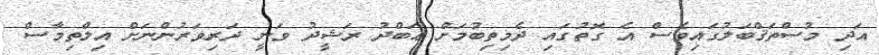
އަދި މުސްތަޤްބަލުގައިވެސް އެ ގޮތުގައި ދެމިތިބުމަށް ޢަބްދު ރަޝީދު ވަނީ ދަރިވަރުންނަށް އިލްތިމާސް